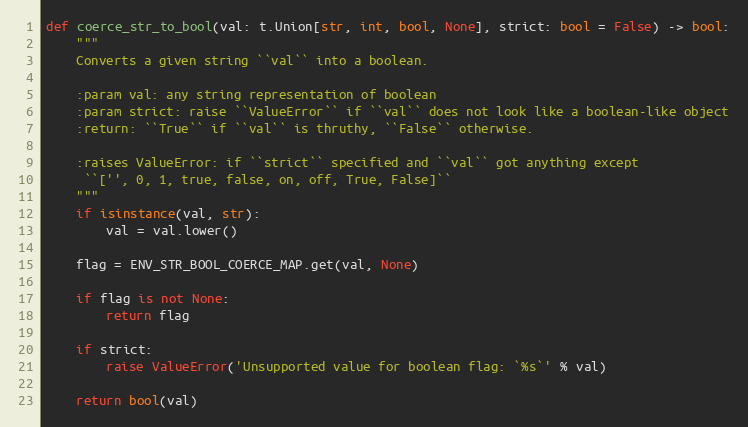
Language: Python
def coerce_str_to_bool(val: t.Union[str, int, bool, None], strict: bool = False) -> bool:
    """
    Converts a given string ``val`` into a boolean.

    :param val: any string representation of boolean
    :param strict: raise ``ValueError`` if ``val`` does not look like a boolean-like object
    :return: ``True`` if ``val`` is thruthy, ``False`` otherwise.

    :raises ValueError: if ``strict`` specified and ``val`` got anything except
     ``['', 0, 1, true, false, on, off, True, False]``
    """
    if isinstance(val, str):
        val = val.lower()

    flag = ENV_STR_BOOL_COERCE_MAP.get(val, None)

    if flag is not None:
        return flag

    if strict:
        raise ValueError('Unsupported value for boolean flag: `%s`' % val)

    return bool(val)